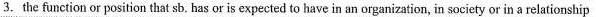
3.the function or position that sb. Has or is expected to have in an organization, in society or in a relationship